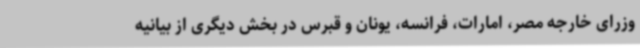
وزرای خارجه مصر، امارات، فرانسه، یونان و قبرس در بخش دیگری از بیانیه